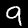
Label: 9